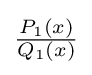
\textstyle {\frac {P_{1}(x)}{Q_{1}(x)}}